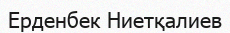
Ерденбек Ниетқалиев